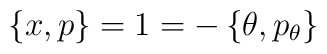
\left\{x,p\right\} = 1 = - \left\{\theta,p_{\theta}\right\}